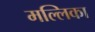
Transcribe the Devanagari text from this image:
मल्‍लिका